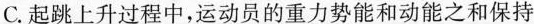
C.起跳上升过程中，运动员的重力势能和动能之和保持